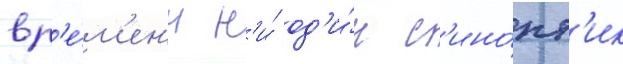
вр'е́м'ен'и н'и́ од'и́н с'ино́пт'ик